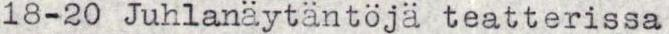
18-20 Juhlanäytäntöjä teatterissa